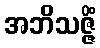
အဘိသဇ္ဇိံ